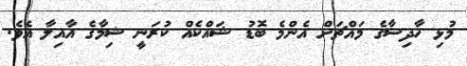
މުޅި ހާދިސާގެ މައްޗަށް އެންމެ ބޮޑު ޝައްކެއް ކުރަނީ ޝިމާގެ އާއިލާ އެވެ.